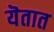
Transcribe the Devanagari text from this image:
यॆतात